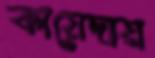
কায়েদায়